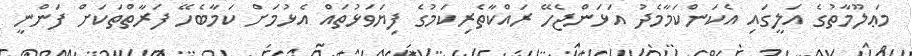
މަޢލޫމާތުގެ އަލީގައި އެކަންކަމާމެދު އަޅަންޖެހޭ ރައްކާތެރިކަމުގެ ފިޔަވަޅުތައް އެޅުމަށް ކަމާބެހޭ ފަރާތްތަކަށް ފަންނީ